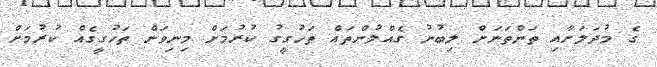
ގެ މުދަލަށާއި ތަންތަނަށް ލިބުނު ގެއްލުންތައް ތަހުގީގު ކުރުމަށް މިނިވަން ތަހުގީގެއް ކުރުމަށް